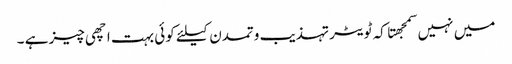
میں نہیں سمجهتا کہ ٹویٹر تہذیب وتمدن کیلئے کوئی بہت اچهی چیز ہے ۔